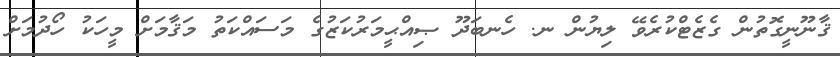
ޤާނޫނީގޮތުން ގެޒެޓްކުރެވޭ ލިޔުން ނ. ހެނބަދޫ ޞިއްޙީމަރުކަޒުގެ މަސައްކަތު މަޤާމަށް މީހަކު ހޯދުމަށް